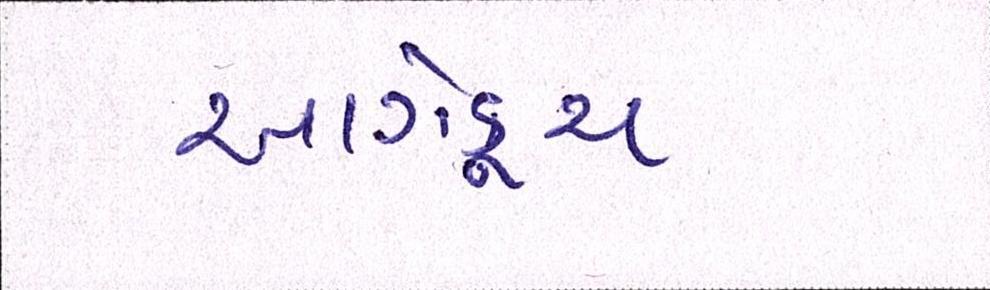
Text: આગેકૂચ